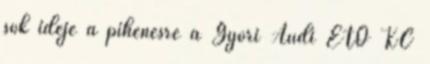
sok ideje a pihenésre a Győri Audi ETO KC